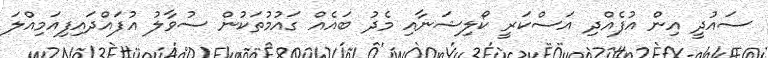
ސައުދީ އިން އުފެއްދި އަސްކަރީ ކޯލިޝަނާއި މެދު ބައެއް ގައުމުތަކުން ސުވާލު އުފައްދައިފިއަމިއްލަ